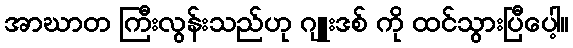
အာဃာတ ကြီးလွန်းသည်ဟု ဂျူးဒစ် ကို ထင်သွားပြီပေါ့။